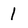
Character: 1